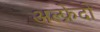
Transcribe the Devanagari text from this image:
अल्फ्रेदो